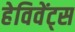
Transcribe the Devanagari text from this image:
हेविवेंट्स